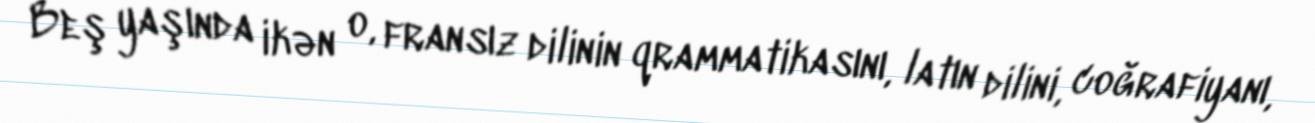
Beş yaşında ikən o, fransız dilinin qrammatikasını, latın dilini, coğrafiyanı,